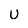
Character: u